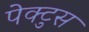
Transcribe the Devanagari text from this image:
पेक्टुस